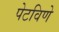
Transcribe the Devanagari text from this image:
पेटविणे